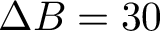
\Delta B = 3 0